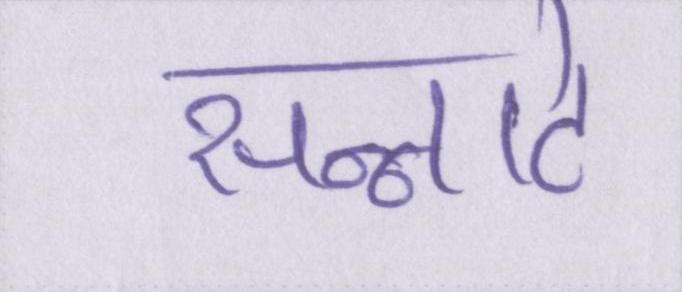
सन्नाटे